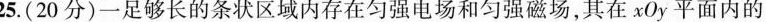
25.(20分)一足够长的条状区域内存在匀强电场和匀强磁场，其在xOy平面内的